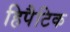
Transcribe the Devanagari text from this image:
हिपैटिक